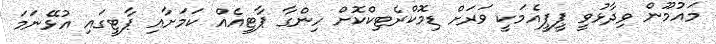
މައުމޫން ވިދާޅުވީ ޕީޕީއެމަކީ ވަރަށް ޑިމޮކްރެޓިކްކޮށް ހިންގާ ޕާޓީއެއް ކަމަށާއި ޕާޓީގައި އުޅޭނަމަ